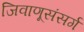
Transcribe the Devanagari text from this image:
जिवाणूसंसर्ग